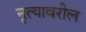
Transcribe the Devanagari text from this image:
नृत्यावरील